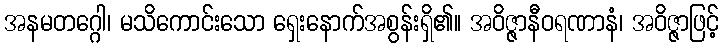
အနမတဂ္ဂေါ၊ မသိကောင်းသော ရှေးနောက်အစွန်းရှိ၏။ အဝိဇ္ဇာနီဝရဏာနံ၊ အဝိဇ္ဇာဖြင့်